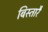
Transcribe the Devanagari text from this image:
बिस्तारै